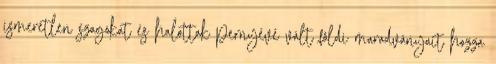
ismeretlen szagokat és halottak pernyévé vált földi maradványait hozza